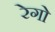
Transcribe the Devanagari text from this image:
रेगो